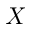
X